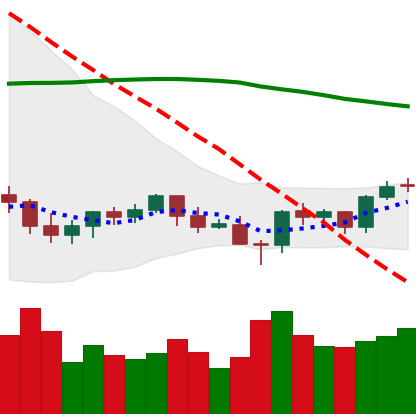
Ticker: BTC-USD
Chart end date: 2021-06-15
Forward return: -11.652%
Label: down_7plus